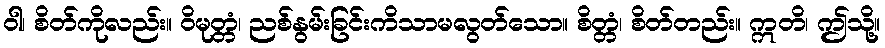
ဝါ၊ စိတ်ကိုလည်း။ ဝိမုတ္တံ၊ ညစ်နွမ်းခြင်းကိသာမလွတ်သော။ စိတ္တံ၊ စိတ်တည်း။ ဣတိ၊ ဤသို့။